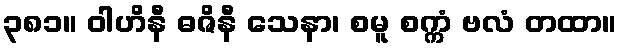
၃၈၁။ ဝါဟိနီ ဓဇိနီ သေနာ၊ စမူ စက္ကံ ဗလံ တထာ။